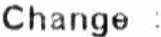
CHANGE :